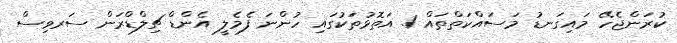
ކުރަންޖެހޭ މައިގަނޑު މަސައްކަތްތައް 1. އަތޮޅުތަކުގައި ހުންނަ ފެމެލީ އެންޑް ޗިލްޑްރަން ސަރވިސް